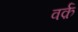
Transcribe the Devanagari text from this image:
वर्क़